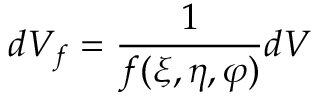
d V _ { f } = \frac { 1 } { f ( \xi , \eta , \varphi ) } d V